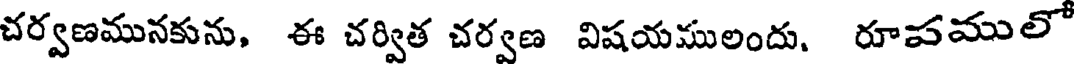
చర్వణమునకును, ఈ చర్విత చర్వణ విషయములందు, రూపములో